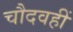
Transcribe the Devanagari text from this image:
चौदवहीं